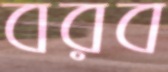
বরব